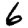
Digit: 6